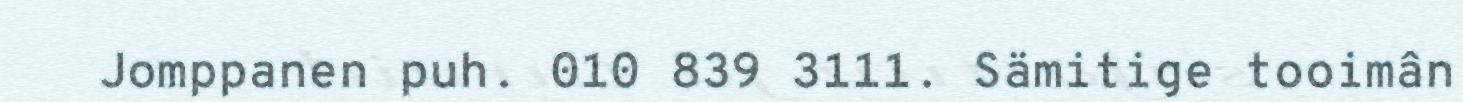
Jomppanen puh. 010 839 3111. Sämitige tooimân